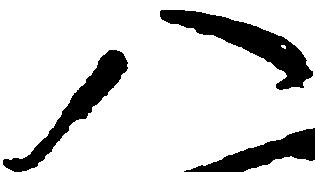
八